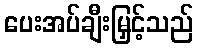
ပေးအပ်ချီးမြှင့်သည်